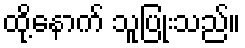
ထို့နောက် သူပြုံးသည်။